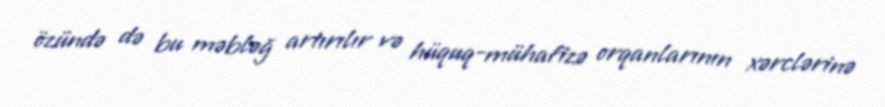
özündə də bu məbləğ artırılır və hüquq-mühafizə orqanlarının xərclərinə